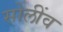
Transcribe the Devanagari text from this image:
सोलींव